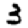
Digit: 3